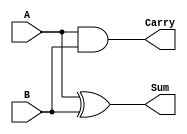

module HalfAdder(
  
  input A,
  input B,
  output Sum,
  output Carry
  
);
  
  assign Sum = A^B;
  assign Carry = A&B;
  
endmodule